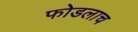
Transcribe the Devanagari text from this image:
फोडलाच